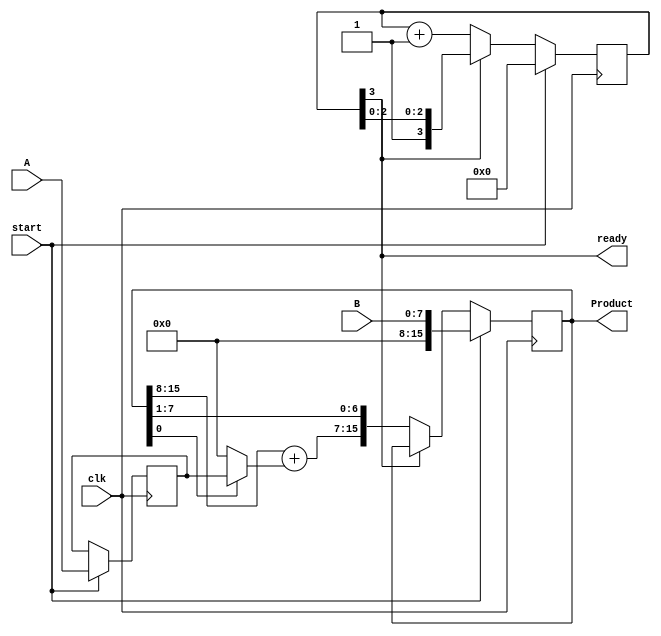
`timescale 1ns/1ns
module multiplier2(
//---------------------Port directions and deceleration
   input clk,  
   input start,
   input [7:0] A,
   input [7:0] B, 
   output reg [15:0] Product,
   output ready
    );



//----------------------------------------------------

//--------------------------------- register deceleration
reg [7:0] Multiplicand;
reg [3:0] counter;
//-----------------------------------------------------

//----------------------------------- wire deceleration
wire [7:0] adder_output;
wire c_out;
//-------------------------------------------------------

//------------------------------------ combinational logic
assign ready = counter[3];
assign {c_out, adder_output} = Product[15:8] + (Product[0] ? Multiplicand : 8'h00);
//-------------------------------------------------------

//------------------------------------- sequential Logic
always @ (posedge clk)

   if(start) begin
      counter <= 4'h0 ;
      Multiplicand <= A;
      Product <= {8'h00, B};
   end

   else if(! ready) begin
         Product <= {c_out, adder_output, Product[7:1]};
         counter <= counter + 1;
   end   

endmodule